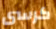
كرسى